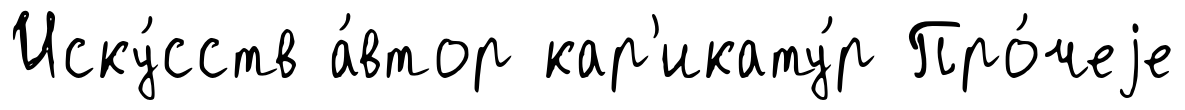
Иску́сств а́втор кар'икату́р Про́чеjе